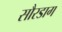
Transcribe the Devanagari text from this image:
सौरडाग